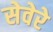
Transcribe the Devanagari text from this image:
सेवेरे